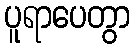
ပူရာပေတွာ